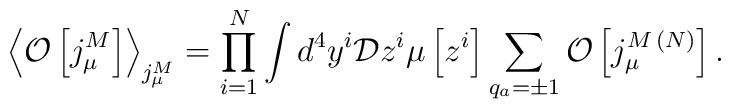
\left<{\cal O}\left[j_\mu^M\right]\right>_{j_\mu^M}=\prod\limits_{i=1}^{N}\int d^4y^i {\cal D}z^i\mu\left[z^i\right]\sum\limits_{q_a=\pm 1}^{}{\cal O}\left[j_\mu^{M{\,}(N)}\right].